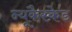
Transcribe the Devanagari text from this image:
न्यूकैस्केड